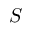
S